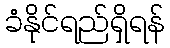
ခံနိုင်ရည်ရှိရန်